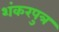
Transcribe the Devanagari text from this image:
शंकरपुत्र